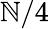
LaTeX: \mathbb{N}/4